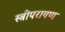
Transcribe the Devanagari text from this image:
स्त्रीपरायण